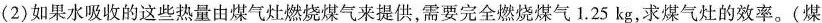
(2)如果水吸收的这些热量由煤气灶燃烧煤气来提供，需要完全燃烧煤气1.25kg，求煤气灶的效率。(煤